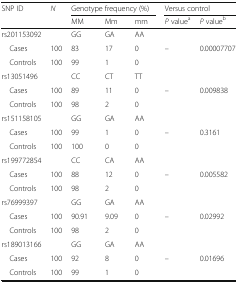
<table><thead><tr><td rowspan="2"><b>SNP ID</b></td><td rowspan="2"><b><i>N</i></b></td><td colspan="3"><b>Genotype frequency (%)</b></td><td colspan="2"><b>Versus control</b></td></tr><tr><td><b>MM</b></td><td><b>Mm</b></td><td><b>mm</b></td><td><b><i>P</i> value<sup>a</sup></b></td><td><b><i>P</i> value<sup>b</sup></b></td></tr></thead><tbody><tr><td>rs201153092</td><td></td><td>GG</td><td>GA</td><td>AA</td><td></td><td></td></tr><tr><td> Cases</td><td>100</td><td>83</td><td>17</td><td>0</td><td>–</td><td>0.00007707</td></tr><tr><td> Controls</td><td>100</td><td>99</td><td>1</td><td>0</td><td></td><td></td></tr><tr><td>rs13051496</td><td></td><td>CC</td><td>CT</td><td>TT</td><td></td><td></td></tr><tr><td> Cases</td><td>100</td><td>89</td><td>11</td><td>0</td><td>–</td><td>0.009838</td></tr><tr><td> Controls</td><td>100</td><td>98</td><td>2</td><td>0</td><td></td><td></td></tr><tr><td>rs151158105</td><td></td><td>GG</td><td>GA</td><td>AA</td><td></td><td></td></tr><tr><td> Cases</td><td>100</td><td>99</td><td>1</td><td>0</td><td>–</td><td>0.3161</td></tr><tr><td> Controls</td><td>100</td><td>100</td><td>0</td><td>0</td><td></td><td></td></tr><tr><td>rs199772854</td><td></td><td>CC</td><td>CA</td><td>AA</td><td></td><td></td></tr><tr><td> Cases</td><td>100</td><td>88</td><td>12</td><td>0</td><td>–</td><td>0.005582</td></tr><tr><td> Controls</td><td>100</td><td>98</td><td>2</td><td>0</td><td></td><td></td></tr><tr><td>rs76999397</td><td></td><td>GG</td><td>GA</td><td>AA</td><td></td><td></td></tr><tr><td> Cases</td><td>100</td><td>90.91</td><td>9.09</td><td>0</td><td>–</td><td>0.02992</td></tr><tr><td> Controls</td><td>100</td><td>98</td><td>2</td><td>0</td><td></td><td></td></tr><tr><td>rs189013166</td><td></td><td>GG</td><td>GA</td><td>AA</td><td></td><td></td></tr><tr><td> Cases</td><td>100</td><td>92</td><td>8</td><td>0</td><td>–</td><td>0.01696</td></tr><tr><td> Controls</td><td>100</td><td>99</td><td>1</td><td>0</td><td></td><td></td></tr></tbody></table>